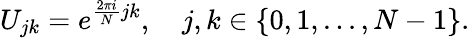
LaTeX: U_{jk}=e^{\frac{2\pi i}{N}jk},\quad j,k\in\{ 0,1,...,N-1\} .